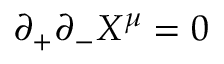
\partial _ { + } \partial _ { - } X ^ { \mu } = 0